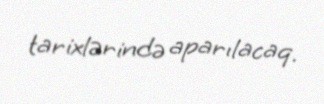
tarixlərində aparılacaq.